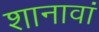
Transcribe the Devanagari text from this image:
शानावां